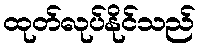
ထုတ်လုပ်နိုင်သည်